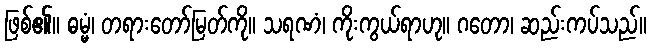
ဖြစ်၏။ ဓမ္မံ၊ တရားတော်မြတ်ကို။ သရဏံ၊ ကိုးကွယ်ရာဟု။ ဂတော၊ ဆည်းကပ်သည်။